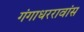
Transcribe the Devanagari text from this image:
गंगाधररावांस